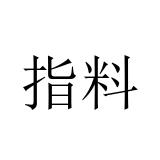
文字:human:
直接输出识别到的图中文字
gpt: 指料